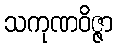
သကုဏဝိဇ္ဇာ